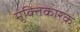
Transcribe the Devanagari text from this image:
मुक्तिकारक